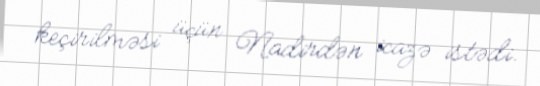
keçirilməsi üçün Nadirdən icazə istədi.